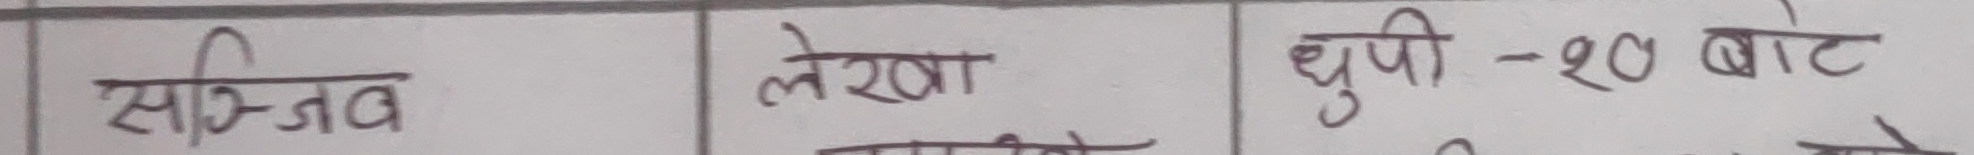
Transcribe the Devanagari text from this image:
सञ्जय लेखा धुपी - १० वाट